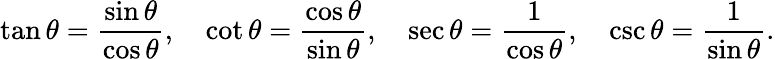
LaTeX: \tan\theta={\frac{\sin\theta}{\cos\theta}},\quad\cot\theta={\frac{\cos\theta}{\sin\theta}},\quad\sec\theta={\frac{1}{\cos\theta}},\quad\csc\theta={\frac{1}{\sin\theta}}.